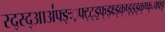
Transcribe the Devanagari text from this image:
स्द्स्द्आअ॑फ्ङ्ः़फ्ट्ट्ड़्फ्ड्क्ष्ड्क्ष्झ्झ्झ्क्ष्फ्॰फ्फ्ङ्